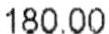
180.00